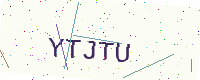
Text: YTJTU